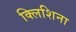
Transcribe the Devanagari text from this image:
क्लिशिना